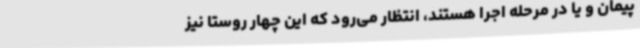
پیمان و یا در مرحله اجرا هستند، انتظار می‌رود که این چهار روستا نیز